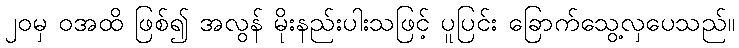
၂၀မှ ဝအထိ ဖြစ်၍ အလွန် မိုးနည်းပါးသဖြင့် ပူပြင်း ခြောက်သွေ့လှပေသည်။